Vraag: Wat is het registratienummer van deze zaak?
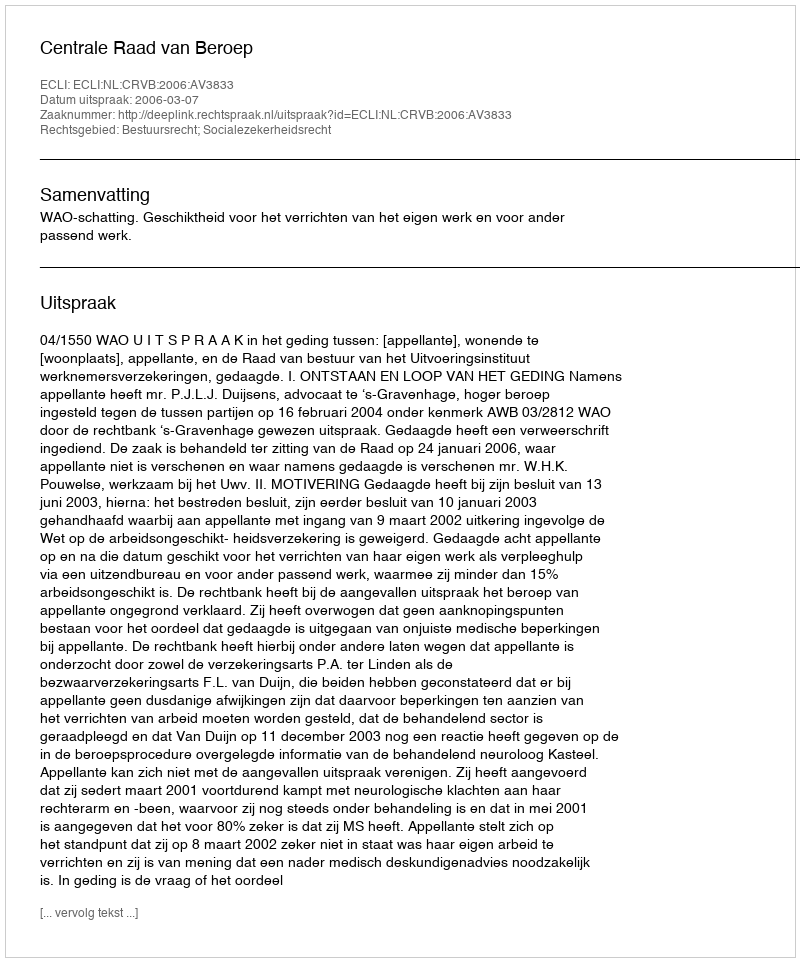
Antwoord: http://deeplink.rechtspraak.nl/uitspraak?id=ECLI:NL:CRVB:2006:AV3833